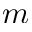
m